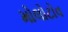
મોલોટોવ